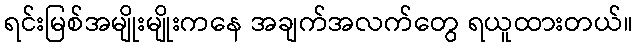
ရင်းမြစ်အမျိုးမျိုးကနေ အချက်အလက်တွေ ရယူထားတယ်။